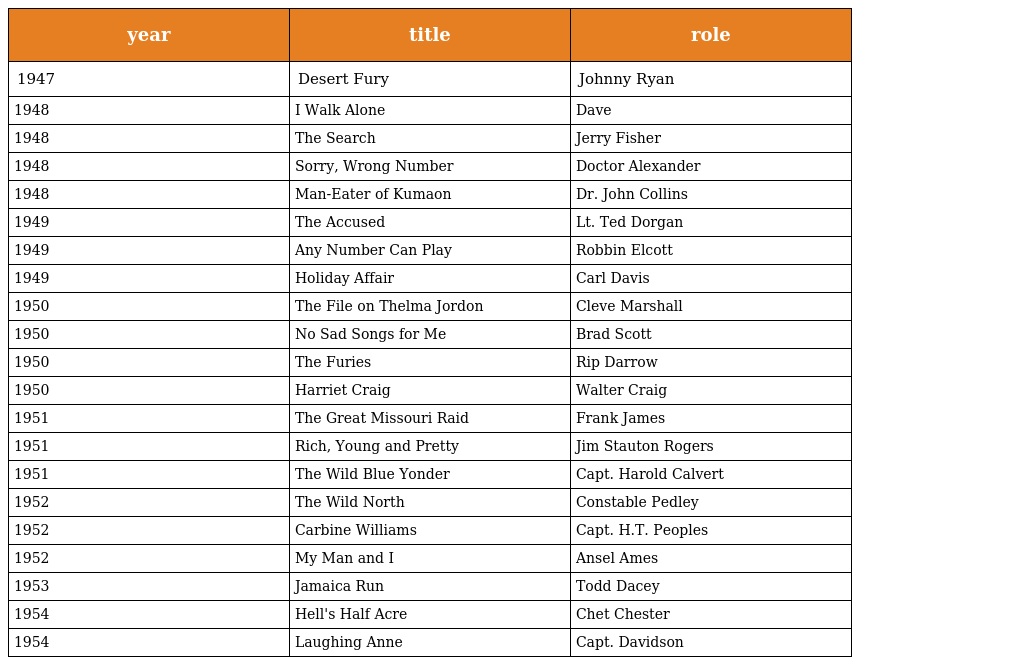
| year | title | role |
 | --- | --- | --- |
 | 1947 | Desert Fury | Johnny Ryan |
 | 1948 | I Walk Alone | Dave |
 | 1948 | The Search | Jerry Fisher |
 | 1948 | Sorry, Wrong Number | Doctor Alexander |
 | 1948 | Man-Eater of Kumaon | Dr. John Collins |
 | 1949 | The Accused | Lt. Ted Dorgan |
 | 1949 | Any Number Can Play | Robbin Elcott |
 | 1949 | Holiday Affair | Carl Davis |
 | 1950 | The File on Thelma Jordon | Cleve Marshall |
 | 1950 | No Sad Songs for Me | Brad Scott |
 | 1950 | The Furies | Rip Darrow |
 | 1950 | Harriet Craig | Walter Craig |
 | 1951 | The Great Missouri Raid | Frank James |
 | 1951 | Rich, Young and Pretty | Jim Stauton Rogers |
 | 1951 | The Wild Blue Yonder | Capt. Harold Calvert |
 | 1952 | The Wild North | Constable Pedley |
 | 1952 | Carbine Williams | Capt. H.T. Peoples |
 | 1952 | My Man and I | Ansel Ames |
 | 1953 | Jamaica Run | Todd Dacey |
 | 1954 | Hell's Half Acre | Chet Chester |
 | 1954 | Laughing Anne | Capt. Davidson |